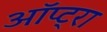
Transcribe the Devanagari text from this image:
ऑप्ट्रा